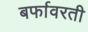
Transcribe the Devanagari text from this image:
बर्फावरती